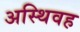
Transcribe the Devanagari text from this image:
अस्थिवह